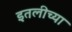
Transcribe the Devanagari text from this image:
इतलीच्या